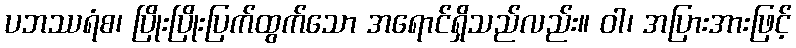
ပဘဿရံစ၊ ပြိုးပြိုးပြက်ထွက်သော အရောင်ရှိသည်လည်း။ ဝါ၊ အပြားအားဖြင့်